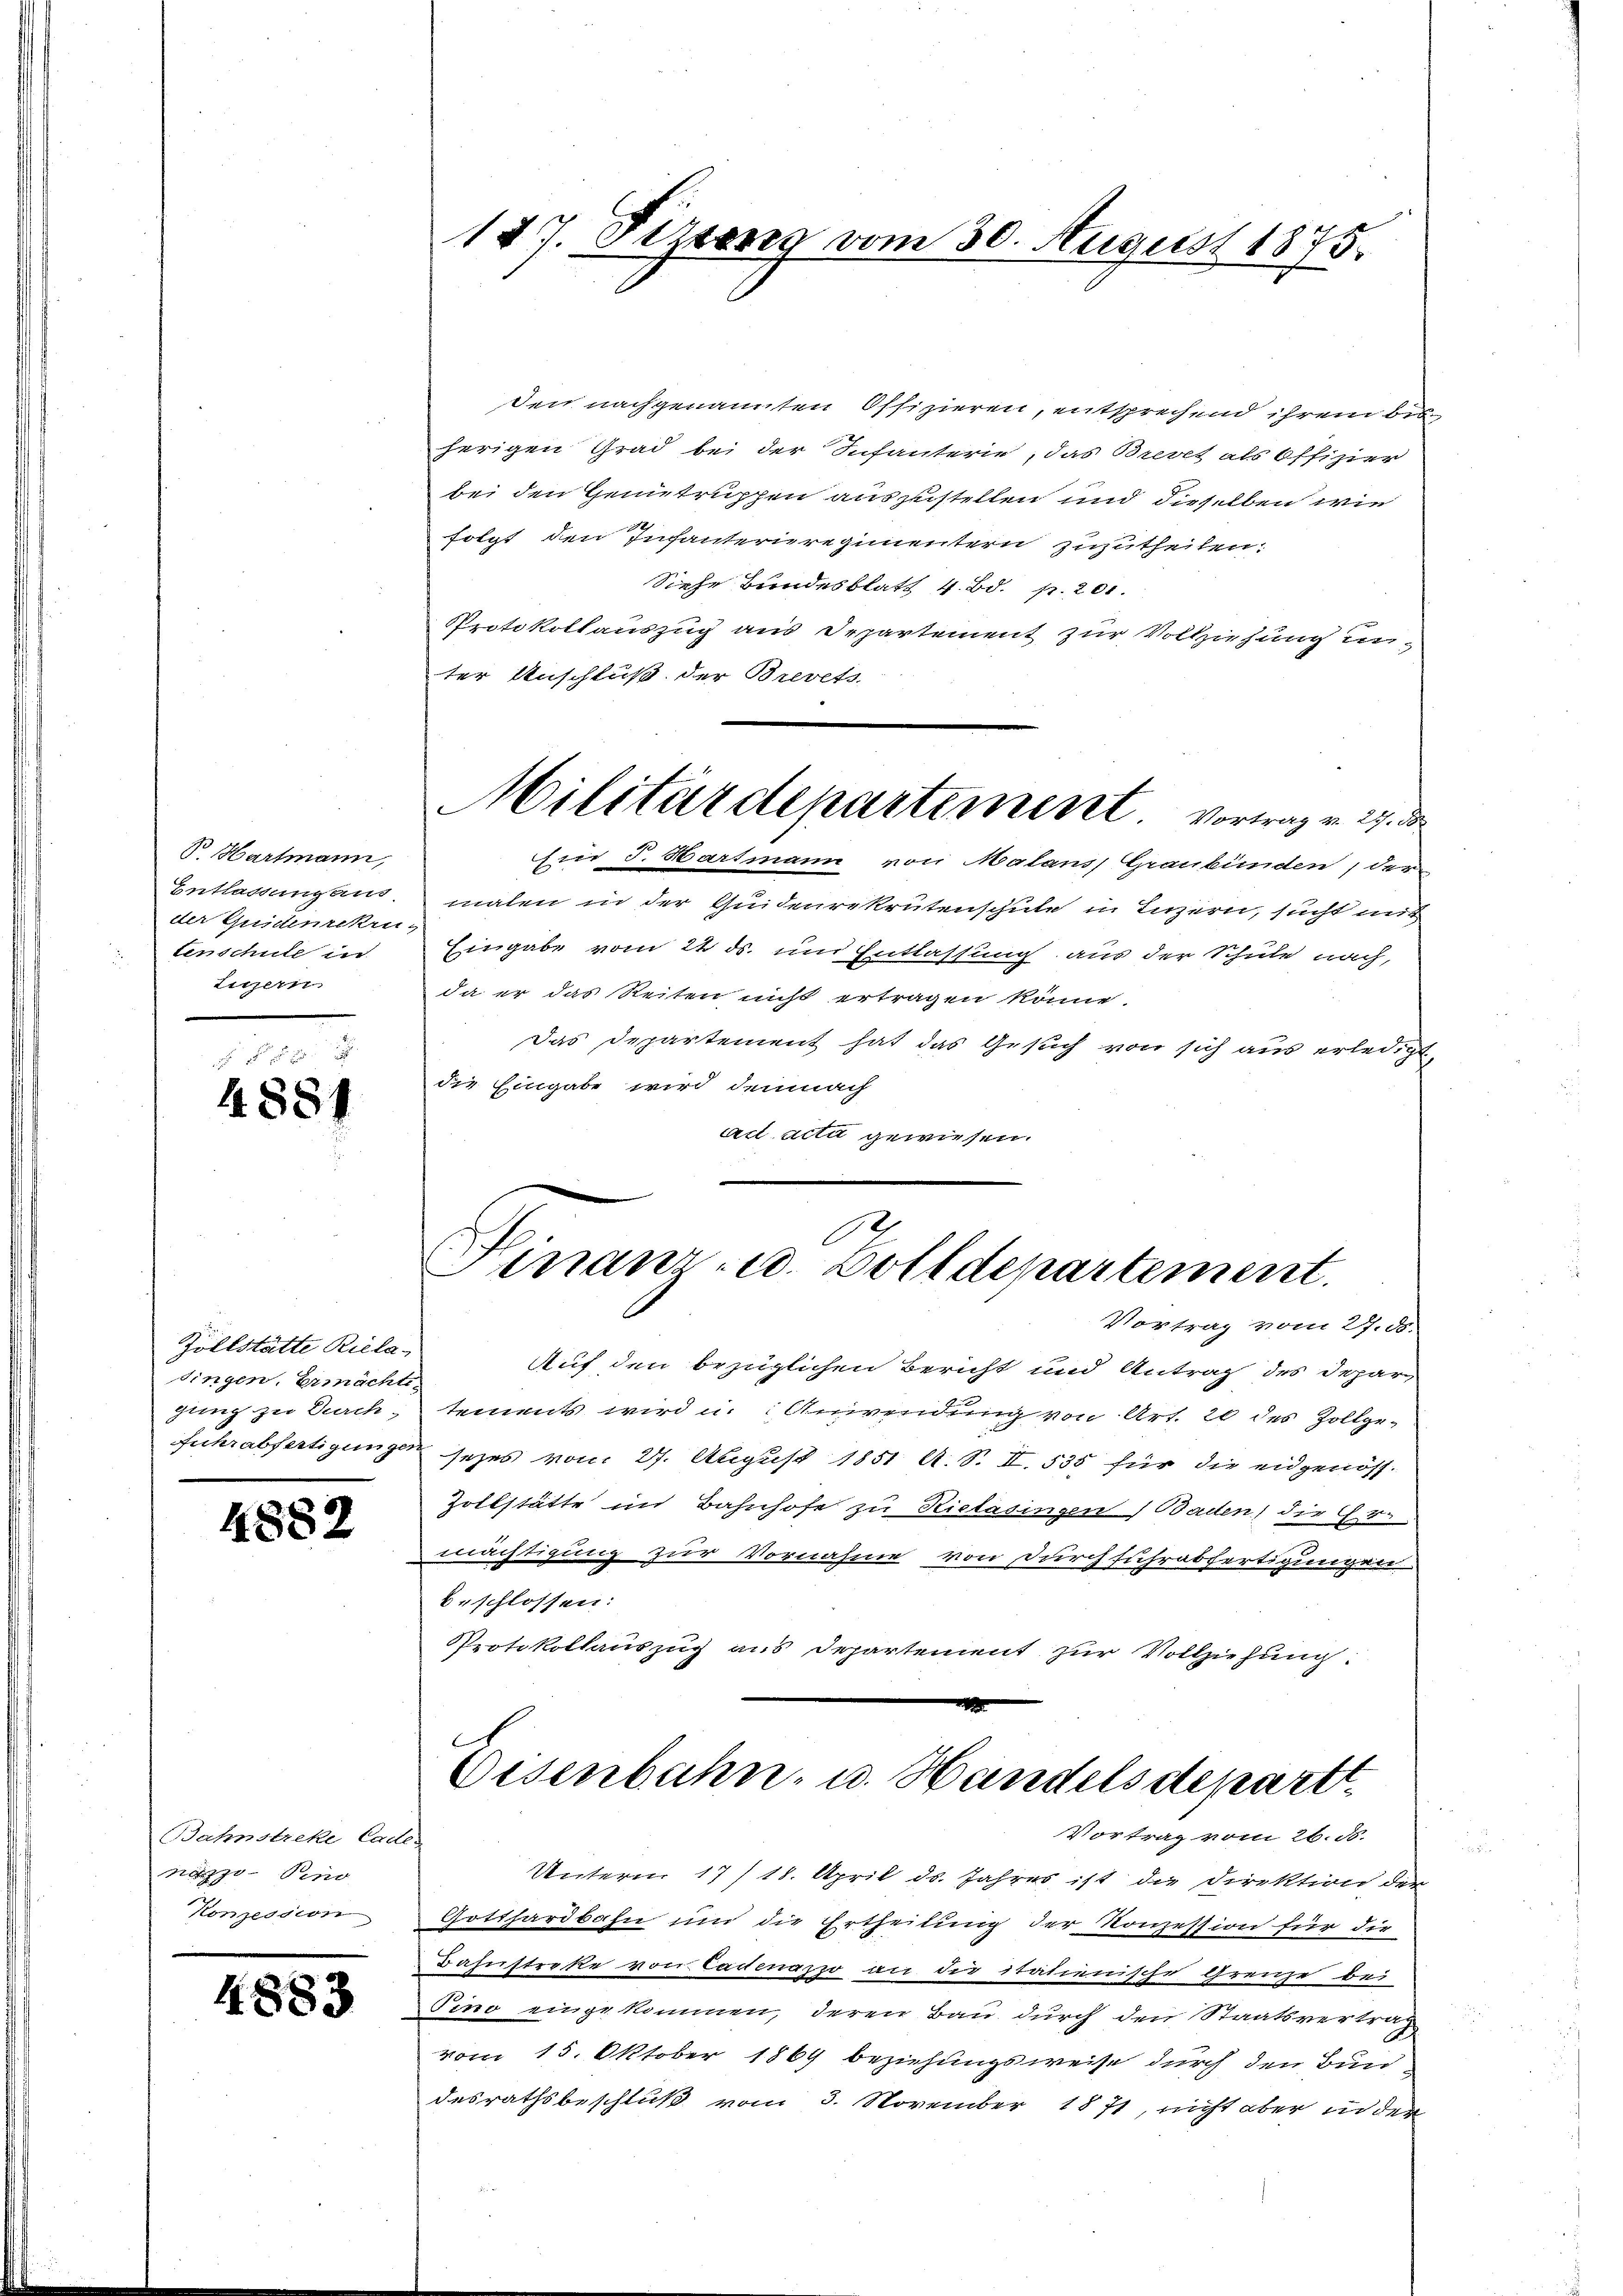
V. Hartmann,
Entlassung aus
der Guidenrekrutenschule in
Litzern.

4884

Zollstätte Rieladingen, Ermächte.
gung zu Durch¬

4882

Bahnstreke Cades
aggo-Peno
Konzession

4883

127. Feztang vom 30. August 1875.

den nachgenannten Offizieren, entsprechend ihrem bis
herigen Grad bei der Infanterie, das Brevet als Offizier
bei den Gentruppen auszustellen und dieselben wie
folgt, den Infanternregimentern zuzutheilen:
Siehe Bundesblatt 4. Bd. p. 201.
Protokollauszug aus Departement zur Vollziehung unter Anschluß der Brevets.
Militärdepartement vortrag v. 25. d
Ein J. Hartmann von Malans, Graubünden, der
malen in der Quidenrekrutenschule in Luzern, sucht mit
Eingabe vom 22 ds. und Entlassung aus der Schule nach,
da er das Reiten nicht ertragen könne.
Das Departement hat das Gesuch von sich aus erledigt,
die Eingabe wird demnach
act acta gewiesen.

Finanz- u. Zolldepartement.
Vortrag vom 27. ds.

Auf den bezüglichen Bericht und Antrag des Depar
tements wird u. Anwendung von Art. 20 des Zollge-
Eicherabfertigungen sezes vom 27. August 1851 A. S. II. 535 für die eidgenöss-
Zollstätte in Bahnhofe zu Rietasingen Baden, die C.V.
mächtigung zur Vornahme von durchfuhrabfertigungen
beschlossen:
Protokollauszug aus Departement zur Vollziehung:
x

Oesenbahn- u. Handels departt.
Vortrag vom 26. ds.

Unterm 17/18. April ds. Jahres ist die Direktion der
Gotthardbahn und die Ertheilung der Konzession für die
Bahnstreke von Cadenapp an die itatienische Grenze bei
Pino eingekommen, deren Bau durch den Staatsvertrag
vom 15. Oktober 1869 beziehungsweise durch den Bunddesrathsbeschluß vom 3. November 1871, nicht aber in der